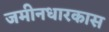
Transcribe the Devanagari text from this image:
जमीनधारकास